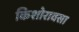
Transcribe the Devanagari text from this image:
किशोरावसा